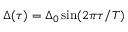
\Delta ( \tau ) = \Delta _ { 0 } \sin ( 2 \pi \tau / T )